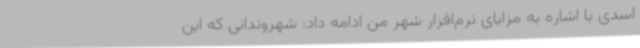
اسدی با اشاره به مزایای نرم‌افزار شهر من ادامه داد: شهروندانی که این